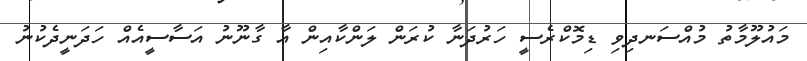
މައުލޫމާތު މުއްސަނދިވި ޑިމޮކްރެސީ ހަރުދަނާ ކުރަން ލަންކާއިން އާ ގާނޫނު އަސާސީއެއް ހަދަނީދެކުނު